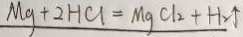
M g + 2 H C l = M g C l _ { 2 } + H _ { 2 } \uparrow